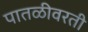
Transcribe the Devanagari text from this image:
पातळीवरती